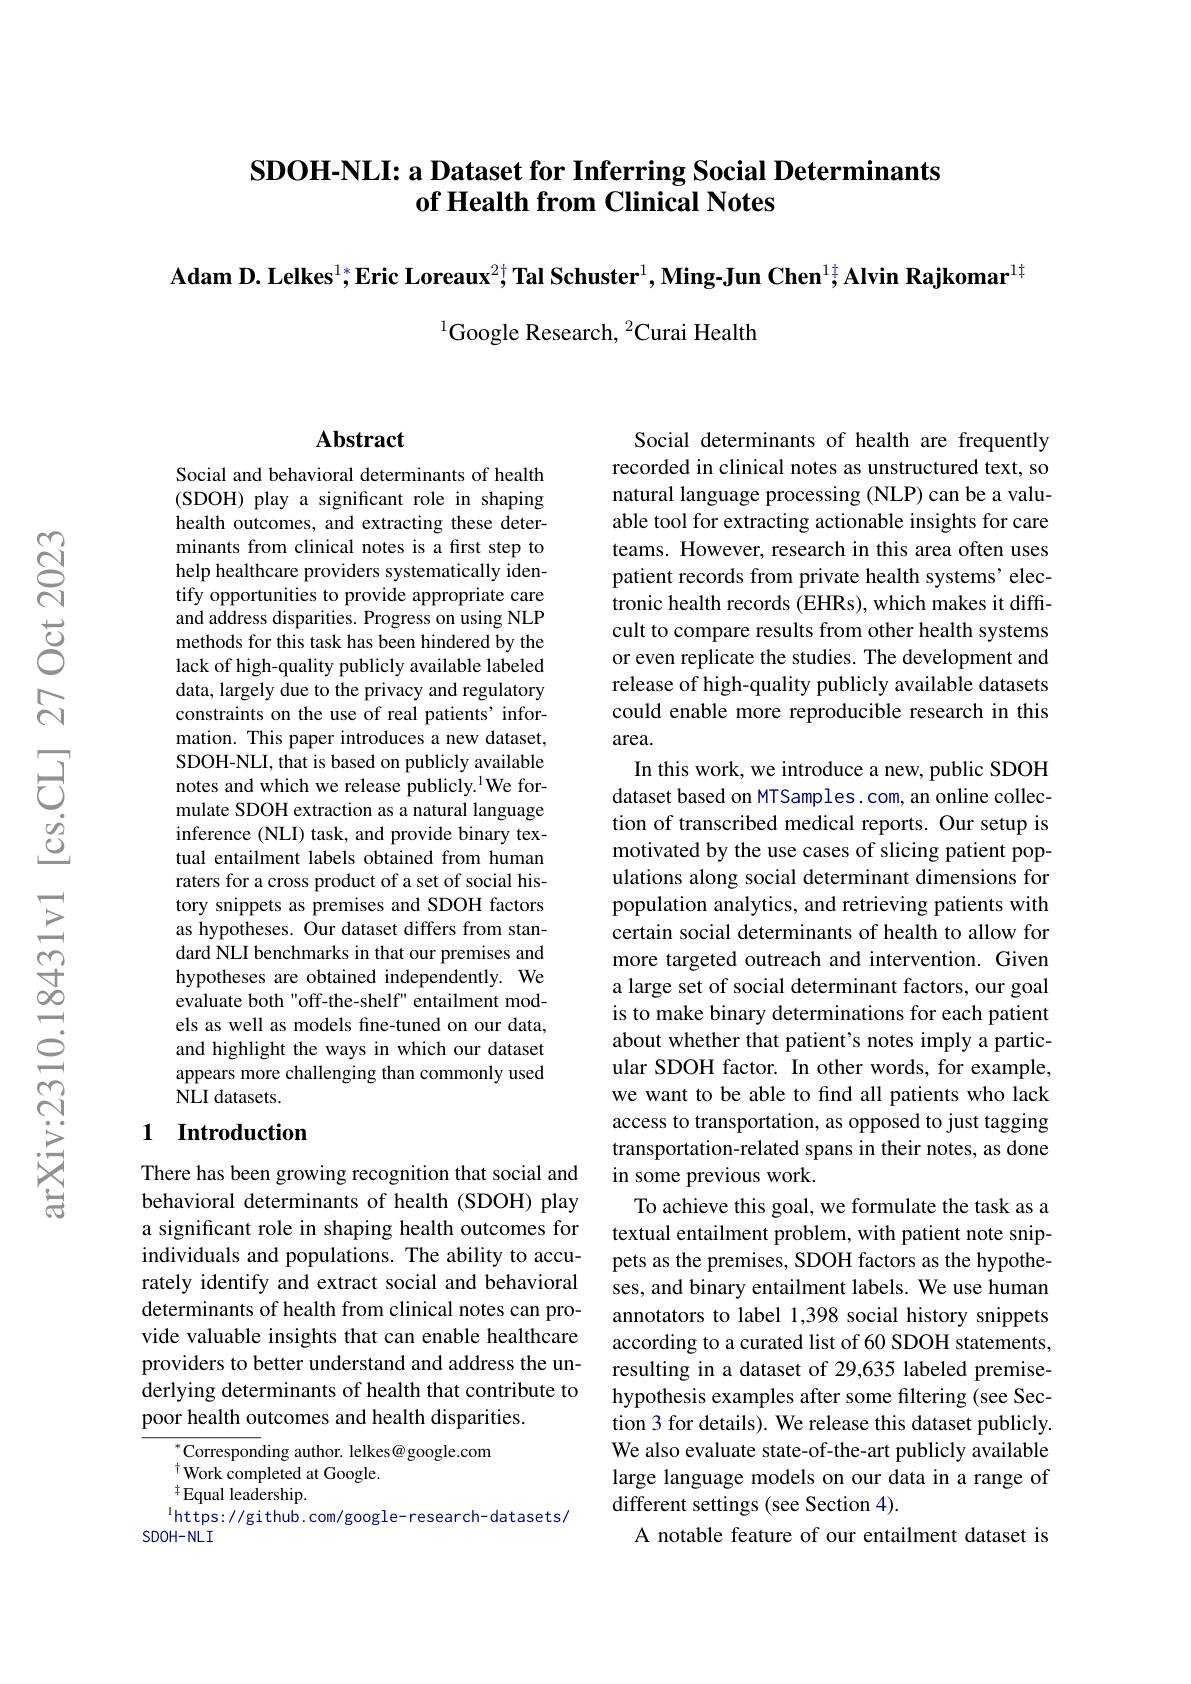
## SDOH-NLI: a Dataset for Inferring Social Determinants of Health from Clinical Notes

$\textbf{Adam D. Lelkes}^{1*};\textbf{Eric Loreaux}^{2+};\textbf{Tal Schuster}^{1},\textbf{Ming-Jun Chen}^{1\dagger};\textbf{Alvin Rajkomar}^{1\dagger}$

$^{1}$Google Research, $^2$Curai Health

### Abstract

Social and behavioral determinants of health (SDOH) play a significant role in shaping health outcomes, and extracting these determinants from clinical notes is a first step to help healthcare providers systematically identify opportunities to provide appropriate care and address disparities. Progress on using NLP methods for this task has been hindered by the lack of high-quality publicly available labeled data, largely due to the privacy and regulatory constraints on the use of real patients' information. This paper introduces a new dataset, SDOH-NLI, that is based on publicly available notes and which we release publicly.$^{\mathrm{l}}$We formulate SDOH extraction as a natural language inference (NLI) task, and provide binary textual entailment labels obtained from human raters for a cross product of a set of social history snippets as premises and SDOH factors as hypotheses. Our dataset differs from standard NLI benchmarks in that our premises and hypotheses are obtained independently. We evaluate both"off-the-shelf" entailment models as well as models fine-tuned on our data, and highlight the ways in which our dataset appears more challenging than commonly used NLI datasets.

## 1 Introduction

There has been growing recognition that social and behavioral determinants of health (SDOH) play a significant role in shaping health outcomes for individuals and populations. The ability to accurately identify and extract social and behavioral determinants of health from clinical notes can provide valuable insights that can enable healthcare providers to better understand and address the underlying determinants of health that contribute to poor health outcomes and health disparities.

$^{*}$Corresponding author. lelkes@ google.com
$^{\dagger}$Work completed at Google.
$^{\ddagger}$Equal leadership.
$^{\mathrm{l}}$https://github.com/google-research-datasets/
SDOH-NLI

Social determinants of health are frequently recorded in clinical notes as unstructured text, so natural language processing (NLP) can be a valuable tool for extracting actionable insights for care teams. However, research in this area often uses patient records from private health systems' electronic health records (EHRs), which makes it difficult to compare results from other health systems or even replicate the studies. The development and release of high-quality publicly available datasets could enable more reproducible research in this area.
In this work, we introduce a new, public SDOH dataset based on MTSamples. com, an online collection of transcribed medical reports. Our setup is motivated by the use cases of slicing patient populations along social determinant dimensions for population analytics, and retrieving patients with certain social determinants of health to allow for more targeted outreach and intervention. Given a large set of social determinant factors, our goal is to make binary determinations for each patient about whether that patient's notes imply a particular SDOH factor. In other words, for example, we want to be able to find all patients who lack access to transportation, as opposed to just tagging transportation-related spans in their notes, as done in some previous work.
To achieve this goal, we formulate the task as a textual entailment problem, with patient note snippets as the premises, SDOH factors as the hypotheses, and binary entailment labels. We use human annotators to label 1,398 social history snippets according to a curated list of 60 SDOH statements, resulting in a dataset of 29,635 labeled premisehypothesis examples after some filtering (see Section 3 for details). We release this dataset publicly. We also evaluate state-of-the-art publicly available large language models on our data in a range of different settings (see Section 4).
A notable feature of our entailment dataset is